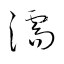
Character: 濡